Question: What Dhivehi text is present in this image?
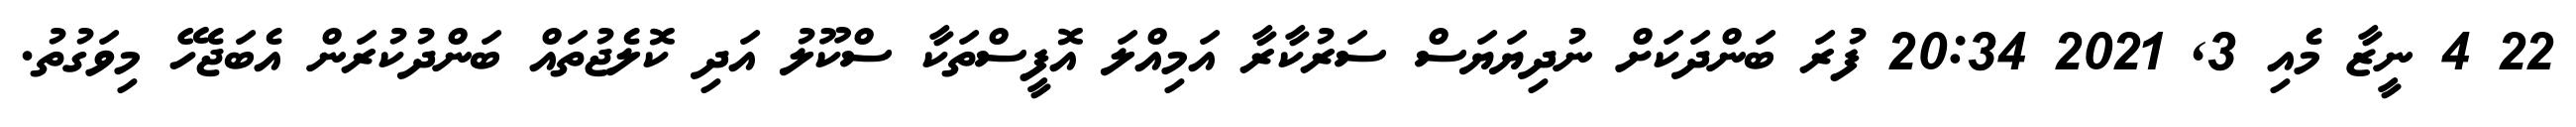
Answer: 22 4 ނީޒާ މެއި 3, 2021 20:34 ފުރަ ބަންދަކަށް ނުދިޔަޔަސް ސަރުކާރާ އަމިއްލަ އޮފީސްތަކާ ސްކޫލު އަދި ކޮލެޖުތައް ބަންދުކުރަން އެބަޖެހޭ މިވަގުތު.